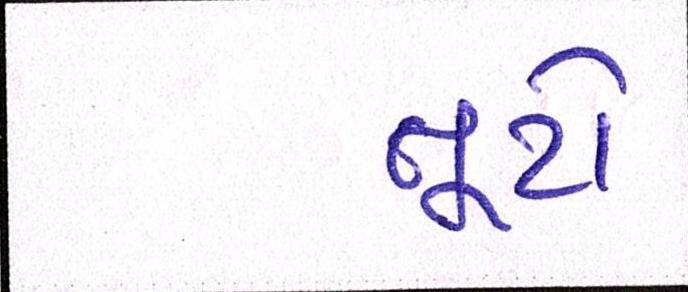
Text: તૂટો